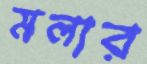
মলার